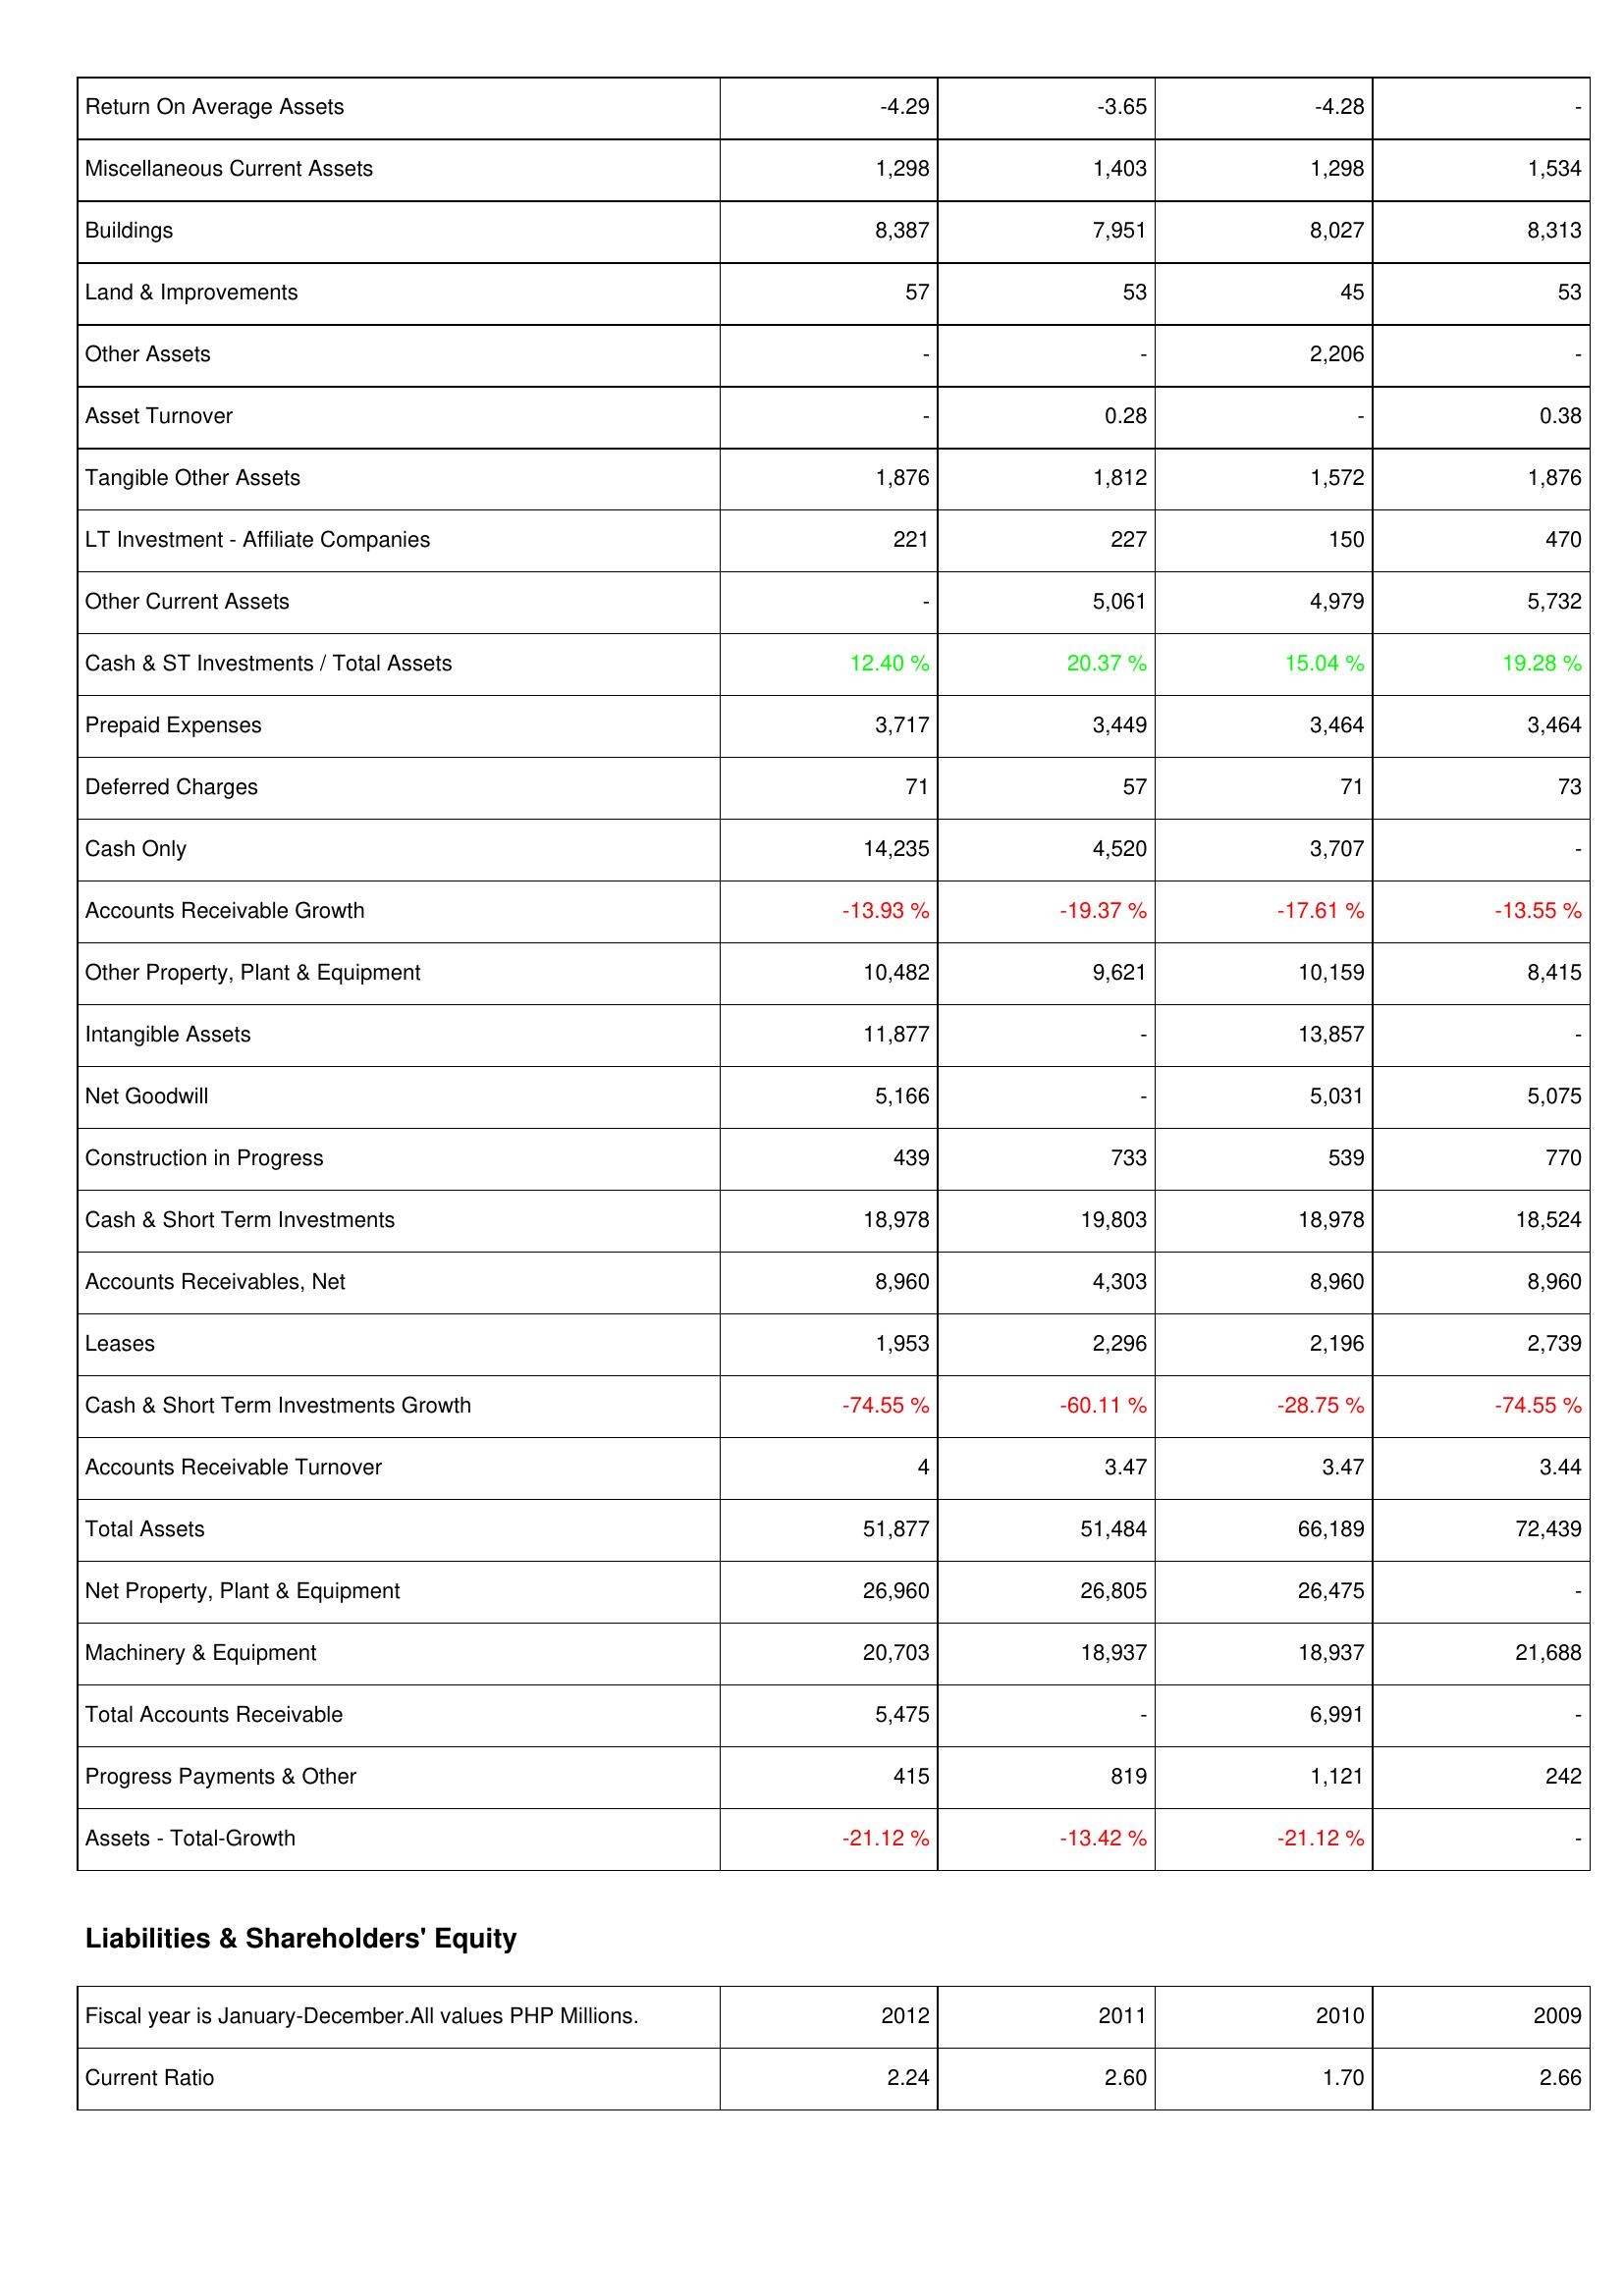
2012: Assets: Return On Average Assets: -4.29
Miscellaneous Current Assets: 1,298
Buildings: 8,387
Land & Improvements: 57
Other Assets: -
Asset Turnover: -
Tangible Other Assets: 1,876
LT Investment - Affiliate Companies: 221
Other Current Assets: -
Cash & ST Investments / Total Assets: 12.40 %
Prepaid Expenses: 3,717
Deferred Charges: 71
Cash Only: 14,235
Accounts Receivable Growth: -13.93 %
Other Property, Plant & Equipment: 10,482
Intangible Assets: 11,877
Net Goodwill: 5,166
Construction in Progress: 439
Cash & Short Term Investments: 18,978
Accounts Receivables, Net: 8,960
Leases: 1,953
Cash & Short Term Investments Growth: -74.55 %
Accounts Receivable Turnover: 4
Total Assets: 51,877
Net Property, Plant & Equipment: 26,960
Machinery & Equipment: 20,703
Total Accounts Receivable: 5,475
Progress Payments & Other: 415
Assets - Total-Growth: -21.12 %
Liabilities & Shareholders' Equity: Current Ratio: 2.24
2011: Assets: Return On Average Assets: -3.65
Miscellaneous Current Assets: 1,403
Buildings: 7,951
Land & Improvements: 53
Other Assets: -
Asset Turnover: 0.28
Tangible Other Assets: 1,812
LT Investment - Affiliate Companies: 227
Other Current Assets: 5,061
Cash & ST Investments / Total Assets: 20.37 %
Prepaid Expenses: 3,449
Deferred Charges: 57
Cash Only: 4,520
Accounts Receivable Growth: -19.37 %
Other Property, Plant & Equipment: 9,621
Intangible Assets: -
Net Goodwill: -
Construction in Progress: 733
Cash & Short Term Investments: 19,803
Accounts Receivables, Net: 4,303
Leases: 2,296
Cash & Short Term Investments Growth: -60.11 %
Accounts Receivable Turnover: 3.47
Total Assets: 51,484
Net Property, Plant & Equipment: 26,805
Machinery & Equipment: 18,937
Total Accounts Receivable: -
Progress Payments & Other: 819
Assets - Total-Growth: -13.42 %
Liabilities & Shareholders' Equity: Current Ratio: 2.60
2010: Assets: Return On Average Assets: -4.28
Miscellaneous Current Assets: 1,298
Buildings: 8,027
Land & Improvements: 45
Other Assets: 2,206
Asset Turnover: -
Tangible Other Assets: 1,572
LT Investment - Affiliate Companies: 150
Other Current Assets: 4,979
Cash & ST Investments / Total Assets: 15.04 %
Prepaid Expenses: 3,464
Deferred Charges: 71
Cash Only: 3,707
Accounts Receivable Growth: -17.61 %
Other Property, Plant & Equipment: 10,159
Intangible Assets: 13,857
Net Goodwill: 5,031
Construction in Progress: 539
Cash & Short Term Investments: 18,978
Accounts Receivables, Net: 8,960
Leases: 2,196
Cash & Short Term Investments Growth: -28.75 %
Accounts Receivable Turnover: 3.47
Total Assets: 66,189
Net Property, Plant & Equipment: 26,475
Machinery & Equipment: 18,937
Total Accounts Receivable: 6,991
Progress Payments & Other: 1,121
Assets - Total-Growth: -21.12 %
Liabilities & Shareholders' Equity: Current Ratio: 1.70
2009: Assets: Return On Average Assets: -
Miscellaneous Current Assets: 1,534
Buildings: 8,313
Land & Improvements: 53
Other Assets: -
Asset Turnover: 0.38
Tangible Other Assets: 1,876
LT Investment - Affiliate Companies: 470
Other Current Assets: 5,732
Cash & ST Investments / Total Assets: 19.28 %
Prepaid Expenses: 3,464
Deferred Charges: 73
Cash Only: -
Accounts Receivable Growth: -13.55 %
Other Property, Plant & Equipment: 8,415
Intangible Assets: -
Net Goodwill: 5,075
Construction in Progress: 770
Cash & Short Term Investments: 18,524
Accounts Receivables, Net: 8,960
Leases: 2,739
Cash & Short Term Investments Growth: -74.55 %
Accounts Receivable Turnover: 3.44
Total Assets: 72,439
Net Property, Plant & Equipment: -
Machinery & Equipment: 21,688
Total Accounts Receivable: -
Progress Payments & Other: 242
Assets - Total-Growth: -
Liabilities & Shareholders' Equity: Current Ratio: 2.66